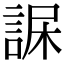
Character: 𧨇